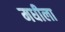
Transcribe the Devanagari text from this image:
मधीला